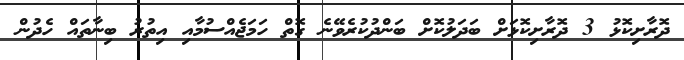
ދޮރާށިކޮޅު 3 ދޮރާށިކޮޅަށް ބަދަލުކޮށް ބަންދުކުރެވޭނެ ގޮތް ހަމަޖެއްސުމާއި އިތުރު ބިނާތައް ހެދުން